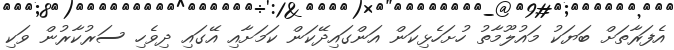
އެފަރާތަށް ބަޔަކު މަައުލޫމާތު ހުށަހެޅިކަން އަންގައިދޭކަން ކަމަށާއި އޭގައި ދިވެހި ސަރުކާރުން ވަކި